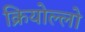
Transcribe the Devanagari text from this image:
क्रियोल्लो